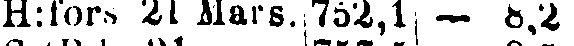
H:fors 21 Mars. 752,1| — 8,2